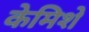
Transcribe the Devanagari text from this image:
केमिशे